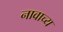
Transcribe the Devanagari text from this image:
नावाच्य